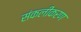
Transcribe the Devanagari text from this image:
संकलीकरण